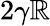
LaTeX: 2\gamma\mathbb{R}